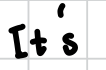
Text: It's
Cross-out: clean
Writing tool: digital_black